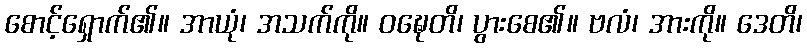
စောင့်ရှောက်၏။ အာယုံ၊ အသက်ကို။ ဝဍ္ဎေတိ၊ ပွားစေ၏။ ဗလံ၊ အားကို။ ဒေတိ၊